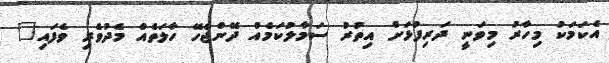
އެކަމަކު މިހާރު މިވަނީ ދަރިފުޅަށް އިތުރު ސަމާލުކަމެއް ދޭންޖެހޭ ހާލަތެއް މެދުވެރި ވެފައި"